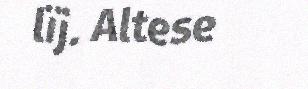
lïj. Altese